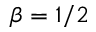
\beta = 1 / 2